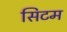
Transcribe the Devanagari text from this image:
सिटम